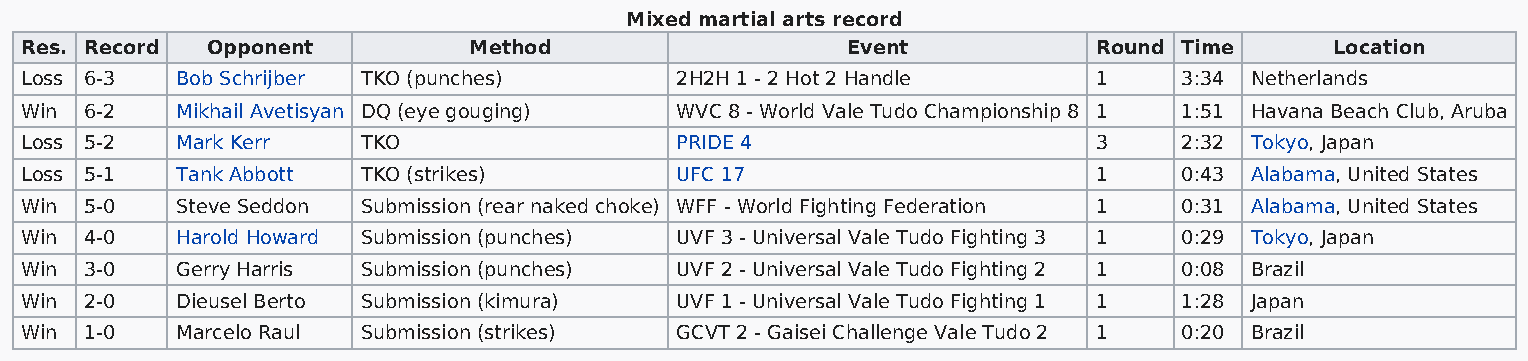
Mixed martial arts record
 Res. Record  Opponent         Method                   Event            Round Time     Location
 Loss 6-3   Bob Schrijber TKO (punches)      2H2H 1 - 2 Hot 2 Handle     1    3:34 Netherlands
 Win  6-2   Mikhail Avetisyan DQ (eye gouging) WVC 8 - World Vale Tudo Championship 8 1 1:51 Havana Beach Club, Aruba
 Loss 5-2   Mark Kerr   TKO                  PRIDE 4                     3    2:32 Tokyo, Japan
 Loss 5-1   Tank Abbott TKO (strikes)        UFC 17                      1    0:43 Alabama, United States
 Win  5-0   Steve Seddon Submission (rear naked choke) WFF - World Fighting Federation 1 0:31 Alabama, United States
 Win  4-0   Harold Howard Submission (punches) UVF 3 - Universal Vale Tudo Fighting 3 1 0:29 Tokyo, Japan
 Win  3-0   Gerry Harris Submission (punches) UVF 2 - Universal Vale Tudo Fighting 2 1 0:08 Brazil
 Win  2-0   Dieusel Berto Submission (kimura) UVF 1 - Universal Vale Tudo Fighting 1 1 1:28 Japan
 Win  1-0   Marcelo Raul Submission (strikes) GCVT 2 - Gaisei Challenge Vale Tudo 2 1 0:20 Brazil